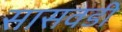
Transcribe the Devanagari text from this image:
सासवडी